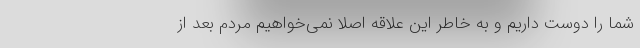
شما را دوست داریم و به خاطر این علاقه اصلا نمی‌خواهیم مردم بعد از